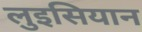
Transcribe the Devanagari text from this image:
लुइसियान